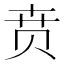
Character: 贲